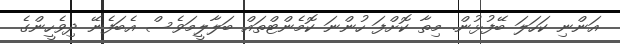
އަންނި ކަހަލަ ބޭފުޅުން. މިތާ ކޮށްފަ ހުންނަ ކޮމެންޓްތައް ބަލާލީމަވެސް އެބަފެނޭ ދިވެހީންގެ